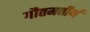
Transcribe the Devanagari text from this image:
गौतमतीर्थ